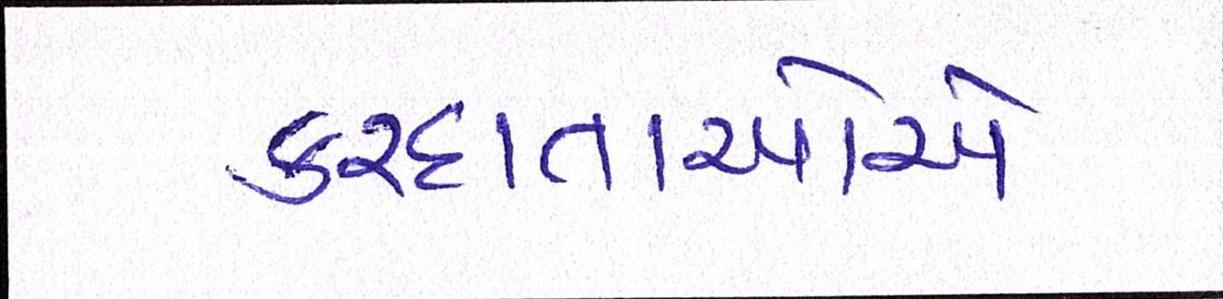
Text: કરદાતાઓએ